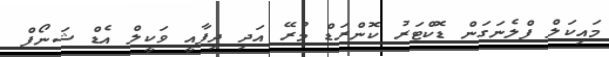
މައިކަލް ފްލެނަގަން ޑޮކްޓަރު ކޮންރަޑް މުރޭ އަދި ދިފާއީ ވަކީލް އެޑް ޝަނޯފް